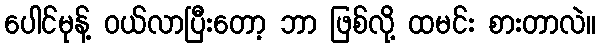
ပေါင်မုန့် ဝယ်လာပြီးတော့ ဘာ ဖြစ်လို့ ထမင်း စားတာလဲ။